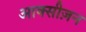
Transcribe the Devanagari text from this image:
आक्सीज़न